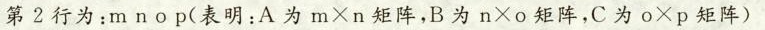
第2行为：m n o p(表明：A为$$m \times n$$矩阵，B为$$n \times o$$矩阵，C为$$o \times p$$矩阵)